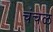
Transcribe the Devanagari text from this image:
चंचळ